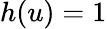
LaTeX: h(u)=1